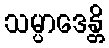
သမ္ပာဒေန္တိ